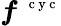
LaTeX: \boldsymbol f^{\mathrm{~\scriptsize~c~y~c~}}